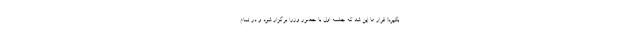
بگیرد! قرار ما این شد که جلسه اول با حضور وزرا برگزار شود و در تمام